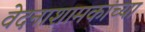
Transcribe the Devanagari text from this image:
वेदनाशामकांच्या